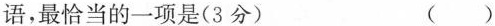
语，最恰当的一项是(3分) ()